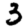
Digit: 3